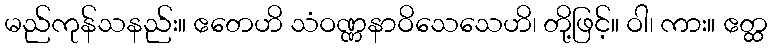
မည်ကုန်သနည်း။ ဧတေဟိ သံဝဏ္ဏနာဝိသေသေဟိ၊ တို့ဖြင့်။ ဝါ၊ ကား။ ဧတ္ထ